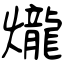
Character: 爖